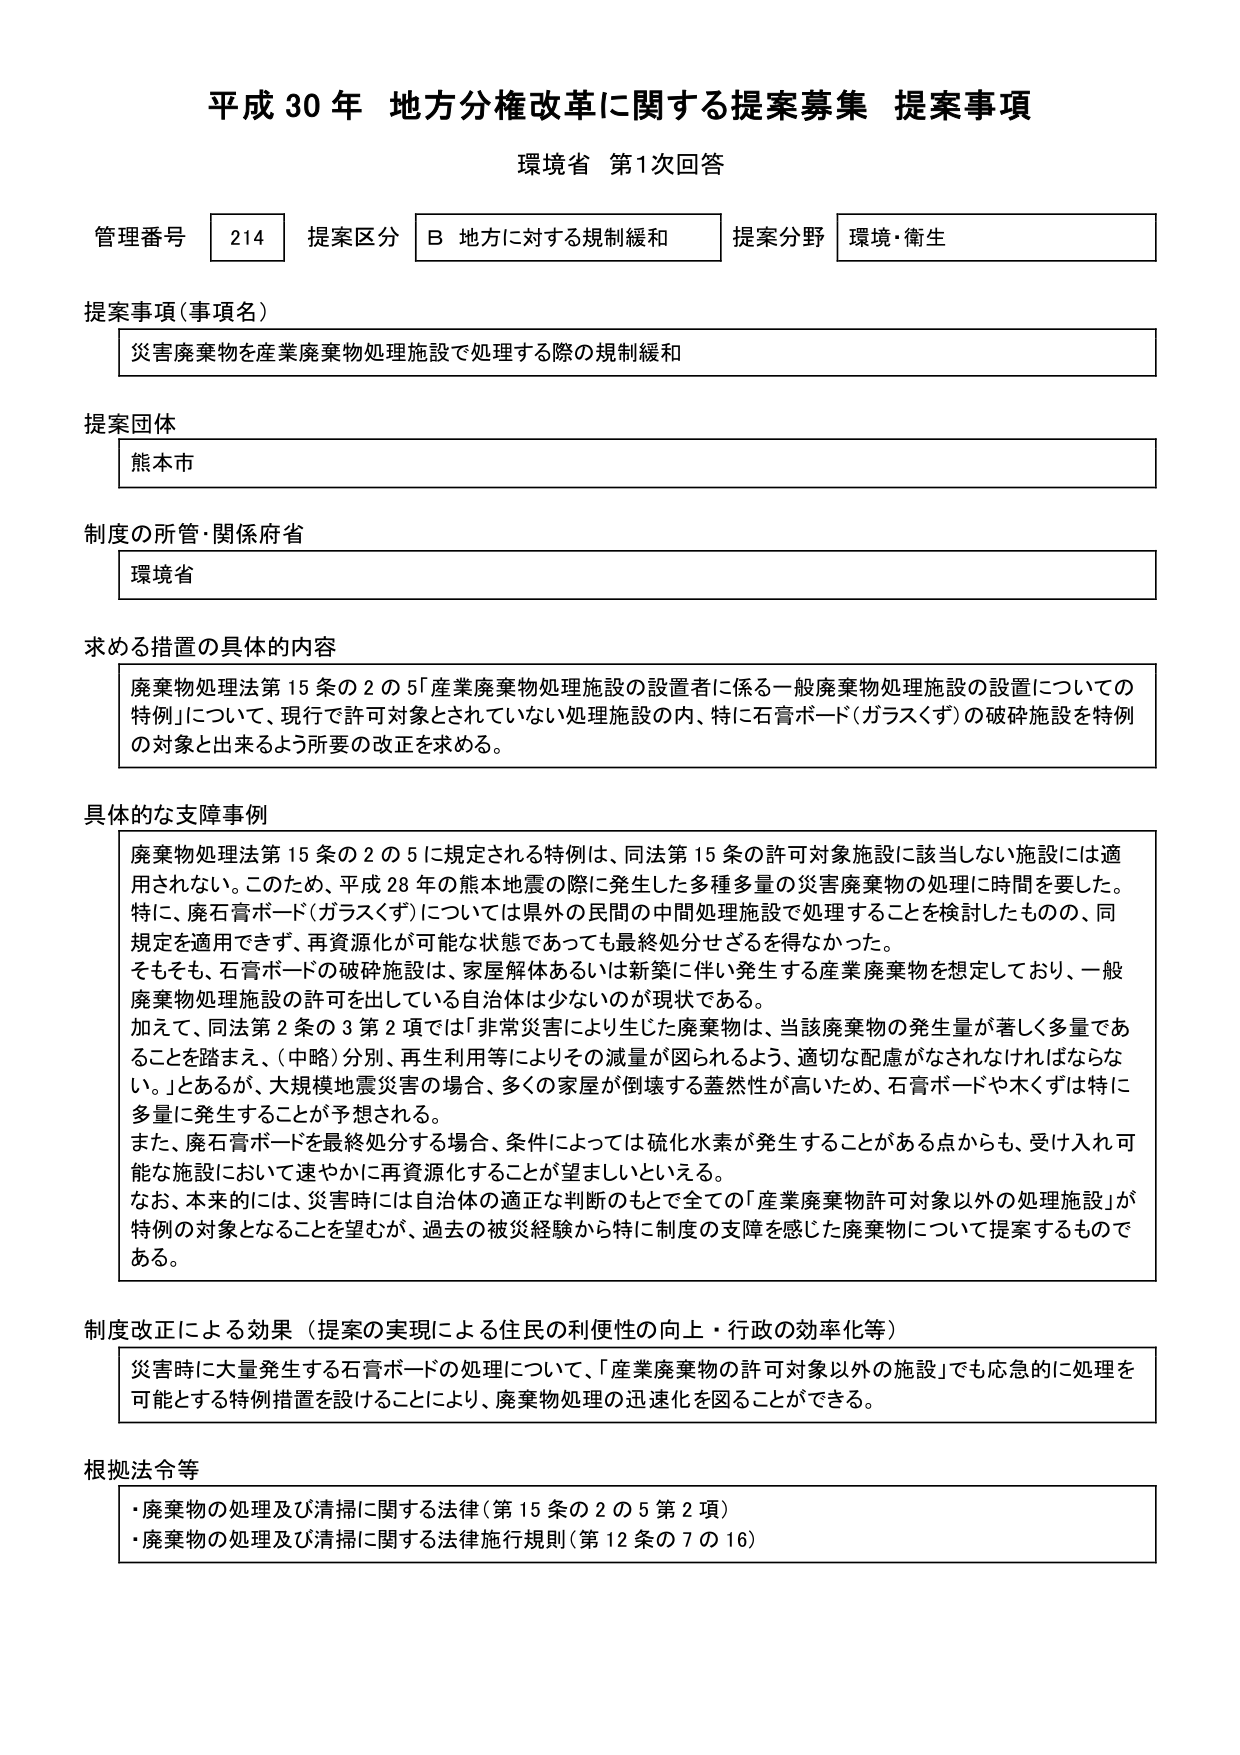
平成30年 地方分権改革に関する提案募集 提案事項
環境省 第1次回答

管理番号 214 提案区分 B 地方に対する規制緩和 提案分野 環境・衛生

提案事項（事項名）
災害廃棄物を産業廃棄物処理施設で処理する際の規制緩和

提案団体
熊本市

制度の所管・関係府省
環境省

求める措置の具体的内容
廃棄物処理法第15条の2の5「産業廃棄物処理施設の設置者に係る一般廃棄物処理施設の設置についての特例」について、現行で許可対象とされていない処理施設の内、特に石膏ボード（ガラスクず）の破砕施設を特例の対象と出来るよう所要の改正を求める。

具体的な支障事例
廃棄物処理法第15条の2の5に規定される特例は、同法第15条の許可対象施設に該当しない施設には適用されない。このため、平成28年の熊本地震の際に発生した多種多量の災害廃棄物の処理に時間を要した。特に、廃石膏ボード（ガラスクず）については県外の民間の中間処理施設で処理することを検討したものの、同規定を適用できず、再資源化が可能な状態であっても最終処分せざるを得なかった。
そもそも、石膏ボードの破砕施設は、家屋解体あるいは新築に伴い発生する産業廃棄物を想定しており、一般廃棄物処理施設の許可を出している自治体は少ないのが現状である。
加えて、同法第2条の3第2項では「非常災害により生じた廃棄物は、当該廃棄物の発生量が著しく多量であることを踏まえ、（中略）分別、再生利用等によりその減量が図られるよう、適切な配慮がなされなければならない。」とあるが、大規模地震災害の場合、多くの家屋が倒壊する蓋然性が高いため、石膏ボードや木くずは特に多量に発生することが予想される。
また、廃石膏ボードを最終処分する場合、条件によっては硫化水素が発生することがある点からも、受け入れ可能な施設において速やかに再資源化することが望ましいといえる。
なお、本来的には、災害時には自治体の適正な判断のもとで全ての「産業廃棄物許可対象以外の処理施設」が特例の対象となることを望むが、過去の被災経験から特に制度の支障を感じた廃棄物について提案するものである。

制度改正による効果（提案の実現による住民の利便性の向上・行政の効率化等）
災害時に大量発生する石膏ボードの処理について、「産業廃棄物の許可対象以外の施設」でも応急的に処理を可能とする特例措置を設けることにより、廃棄物処理の迅速化を図ることができる。

根拠法令等
・廃棄物の処理及び清掃に関する法律（第15条の2の5第2項）
・廃棄物の処理及び清掃に関する法律施行規則（第12条の7の16）